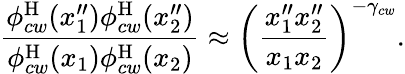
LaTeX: \frac{\phi_{cw}^{\mathrm{H}}(x_{1}^{\prime\prime})\phi_{cw}^{\mathrm{H}}(x_{2}^{\prime\prime})}{\phi_{cw}^{\mathrm{H}}(x_{1})\phi_{cw}^{\mathrm{H}}(x_{2})}\approx\left(\frac{x_{1}^{\prime\prime}x_{2}^{\prime\prime}}{x_{1}x_{2}}\right)^{-\gamma_{cw}}.